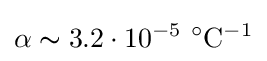
\alpha \thicksim 3.2\cdot 10^{-5}\ {}^{\circ }\mathrm {C} ^{-1}